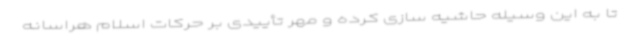
تا به این وسیله حاشیه سازی کرده و مهر تأییدی بر حرکات اسلام هراسانه